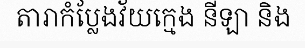
តារាកំប្លែងវ័យក្មេង នីឡា និង